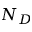
N _ { D }